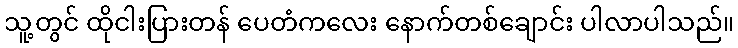
သူ့တွင် ထိုငါးပြားတန် ပေတံကလေး နောက်တစ်ချောင်း ပါလာပါသည်။